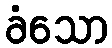
ခံသော